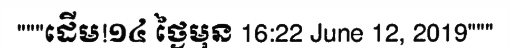
"""ដើម!១៤ ថ្ងៃមុន 16:22 June 12, 2019"""